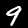
Label: 9